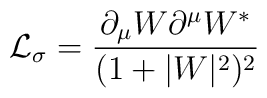
{\cal L}_{\sigma}=\frac{\partial_{\mu}W\partial^{\mu}W^{*}}{(1+|W|^{2})^{2}}